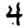
Digit: 4